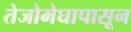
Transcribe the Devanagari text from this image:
तेजोमेघापासून